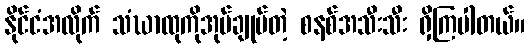
နိုင်ငံအလိုက် သံဃာထုကိုအုပ်ချုပ်တဲ့ စနစ်အသီးသီး ရှိကြပါတယ်။